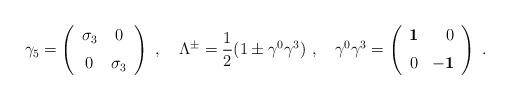
LaTeX: \begin{align*} \gamma_{{5}}=\left (\begin {array}{cc} \sigma_{3}&0\\\noalign{\medskip} 0&\sigma_{3}\end {array}\right )\ ,\quad \Lambda^{\pm}=\frac{1}{2}(1\pm \gamma^{0}\gamma^{3})\ ,\quad \gamma^{0}\gamma^{3}=\left (\begin {array}{rr} {\bf 1}&0\\\noalign{\medskip} 0&{\bf -1}\end{array}\right )\ .\end{align*}